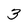
Character: 3